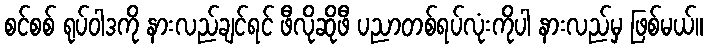
စင်စစ် ရုပ်ဝါဒကို နားလည်ချင်ရင် ဖီလိုဆိုဖီ ပညာတစ်ရပ်လုံးကိုပါ နားလည်မှ ဖြစ်မယ်။